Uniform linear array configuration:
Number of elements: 32
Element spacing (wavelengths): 0.75
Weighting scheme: exponential
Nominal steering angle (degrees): -15
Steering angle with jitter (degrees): -14.961
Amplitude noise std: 0.05
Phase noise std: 0.05

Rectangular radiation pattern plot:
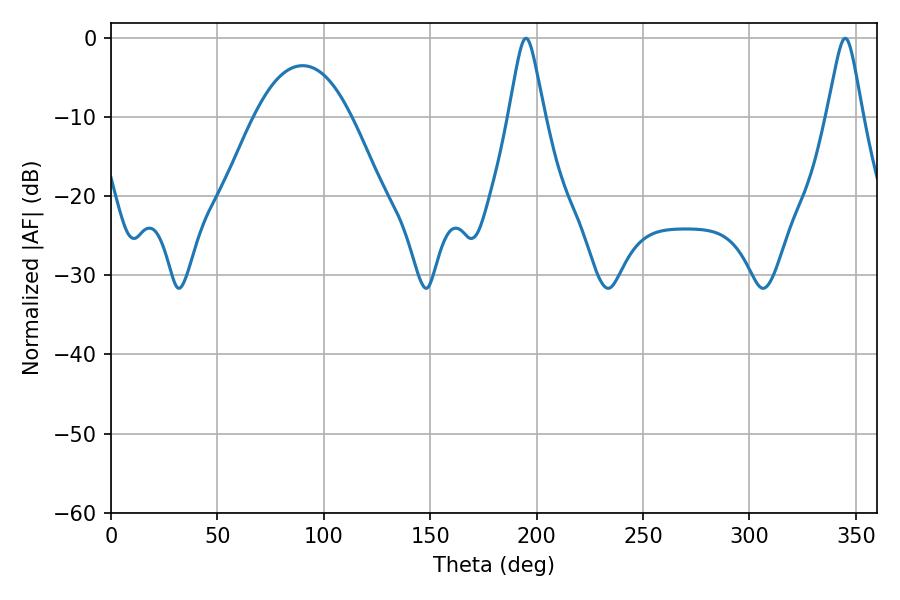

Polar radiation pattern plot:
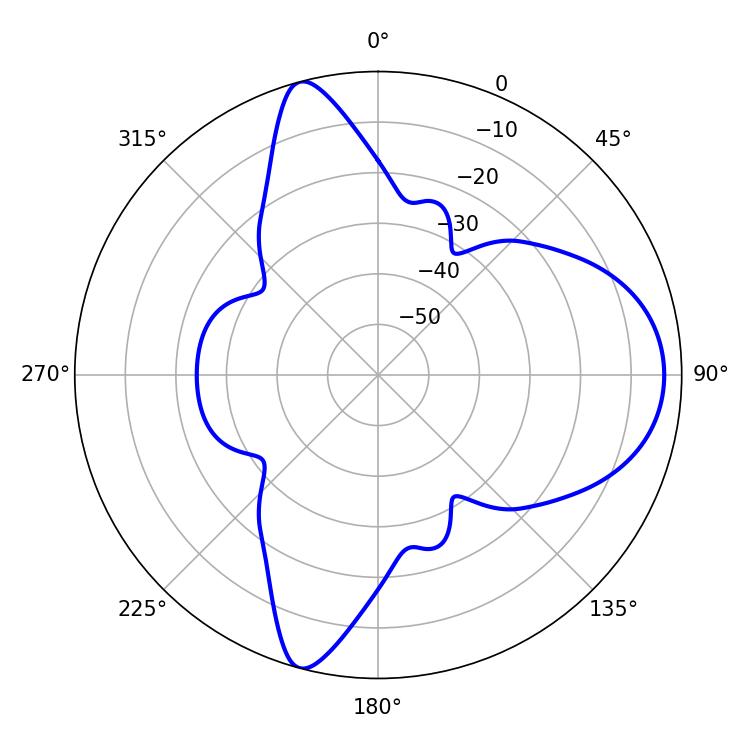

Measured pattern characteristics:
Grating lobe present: TRUE
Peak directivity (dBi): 10.754
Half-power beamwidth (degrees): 7.92
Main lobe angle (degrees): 194.94